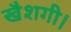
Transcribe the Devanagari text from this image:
खैशगी।